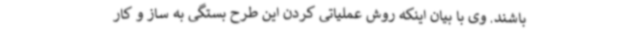
باشند. وی با بیان اینکه روش عملیاتی کردن این طرح بستگی به ساز و کار